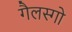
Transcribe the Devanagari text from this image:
गैलस्गो